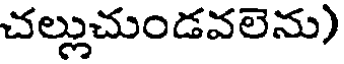
చల్లుచుండవలెను)